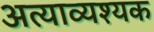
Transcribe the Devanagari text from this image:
अत्याव्यश्यक